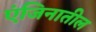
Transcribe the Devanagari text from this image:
एंजिनातील